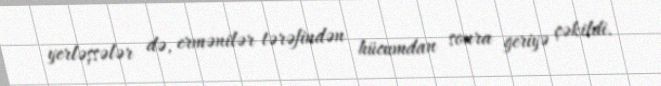
yerləşsələr də, ermənilər tərəfindən hücumdan sonra geriyə çəkildi.